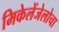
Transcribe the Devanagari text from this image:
मिकेलेंजेलोचा